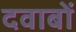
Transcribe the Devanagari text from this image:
दवाबों